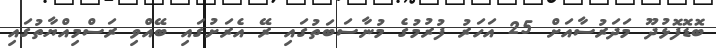
ބޮޑޮފޮޅުދޫ މަދަރުސާއަށް 25 އަހަރު ފުރުމުގެ މުނާސަބަތުގައި ރޭ އެރަށުގައި ބޭއްވި ރަސްމިއްޔާތުގައި